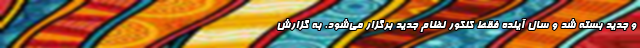
و جدید بسته شد و سال آینده فقط کنکور نظام جدید برگزار می‌شود. به گزارش